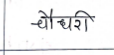
मजकूर: चौधरी